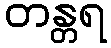
တန္တရ